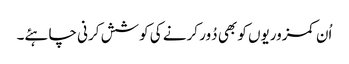
اُن کمزوریوں کو بھی دُور کرنے کی کوشش کرنی چاہئے۔